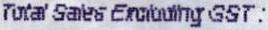
TOTAL SALES EXCLUDING GST :